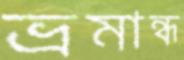
ভ্রমান্ধ